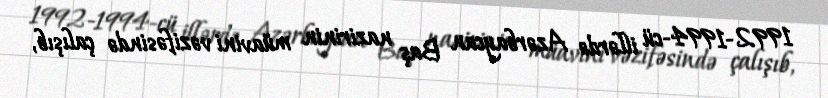
1992-1994-cü illərdə Azərbaycan Baş nazirinin müavini vəzifəsində çalışıb,